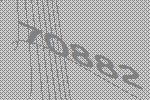
70882